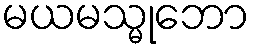
မယမသ္မုဘော